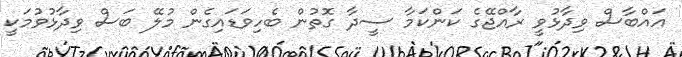
އައްބާސް ވިދާޅުވީ ރާއްޖޭގެ ކަންކަމާ ސީދާ ގޮތުން ބެހިވަޑައިގެން މުލޭ ބަސް ވިދާޅުވުމަކީ